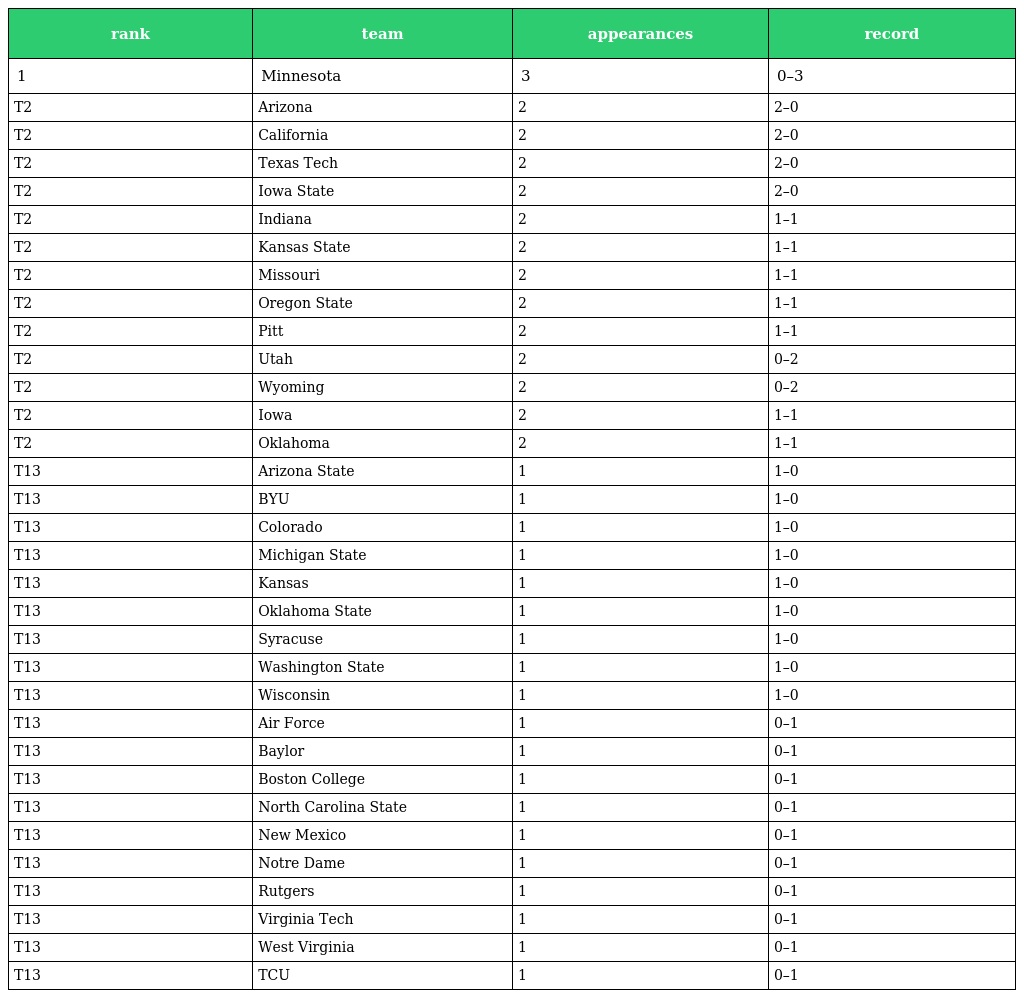
| rank | team | appearances | record |
 | --- | --- | --- | --- |
 | 1 | Minnesota | 3 | 0–3 |
 | T2 | Arizona | 2 | 2–0 |
 | T2 | California | 2 | 2–0 |
 | T2 | Texas Tech | 2 | 2–0 |
 | T2 | Iowa State | 2 | 2–0 |
 | T2 | Indiana | 2 | 1–1 |
 | T2 | Kansas State | 2 | 1–1 |
 | T2 | Missouri | 2 | 1–1 |
 | T2 | Oregon State | 2 | 1–1 |
 | T2 | Pitt | 2 | 1–1 |
 | T2 | Utah | 2 | 0–2 |
 | T2 | Wyoming | 2 | 0–2 |
 | T2 | Iowa | 2 | 1–1 |
 | T2 | Oklahoma | 2 | 1–1 |
 | T13 | Arizona State | 1 | 1–0 |
 | T13 | BYU | 1 | 1–0 |
 | T13 | Colorado | 1 | 1–0 |
 | T13 | Michigan State | 1 | 1–0 |
 | T13 | Kansas | 1 | 1–0 |
 | T13 | Oklahoma State | 1 | 1–0 |
 | T13 | Syracuse | 1 | 1–0 |
 | T13 | Washington State | 1 | 1–0 |
 | T13 | Wisconsin | 1 | 1–0 |
 | T13 | Air Force | 1 | 0–1 |
 | T13 | Baylor | 1 | 0–1 |
 | T13 | Boston College | 1 | 0–1 |
 | T13 | North Carolina State | 1 | 0–1 |
 | T13 | New Mexico | 1 | 0–1 |
 | T13 | Notre Dame | 1 | 0–1 |
 | T13 | Rutgers | 1 | 0–1 |
 | T13 | Virginia Tech | 1 | 0–1 |
 | T13 | West Virginia | 1 | 0–1 |
 | T13 | TCU | 1 | 0–1 |